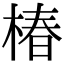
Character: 椿